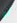
أو